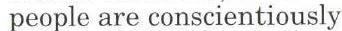
 people are conscientiously